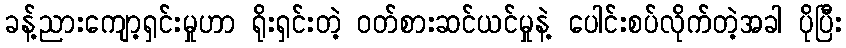
ခန့်ညားကျော့ရှင်းမှုဟာ ရိုးရှင်းတဲ့ ဝတ်စားဆင်ယင်မှုနဲ့ ပေါင်းစပ်လိုက်တဲ့အခါ ပိုပြီး